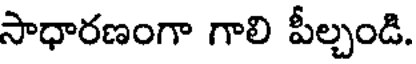
సాధారణంగా గాలి పీల్చండి.